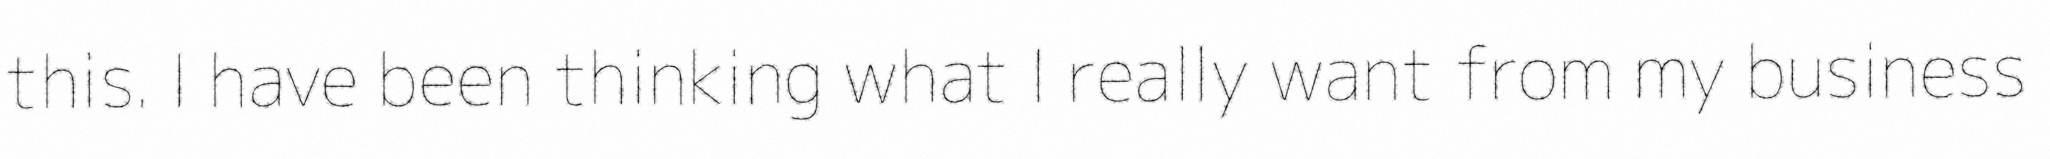
this. I have been thinking what I really want from my business